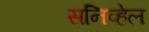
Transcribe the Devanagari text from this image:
सनिव्हेल